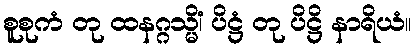
စူစုကံ တု ထနဂ္ဂသ္မိံ၊ ပိဋ္ဌံ တု ပိဋ္ဌိ နာရိယံ။